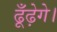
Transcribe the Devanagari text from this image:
ढूँढ़ेगे।